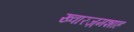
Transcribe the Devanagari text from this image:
ख्वारज़्मशाह